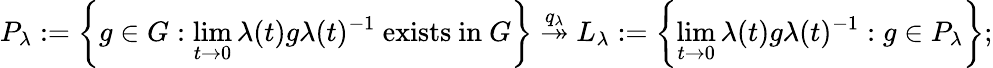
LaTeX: P_{\lambda}:=\left\{ g\in G:\operatorname*{lim}_{t\rightarrow 0}\lambda(t)g\lambda(t)^{-1}\mathrm{~exists~in~}G\right\} \stackrel{q_{\lambda}}{\twoheadrightarrow}L_{\lambda}:=\left\{ \operatorname*{lim}_{t\rightarrow 0}\lambda(t)g\lambda(t)^{-1}:g\in P_{\lambda}\right\} ;